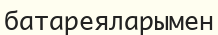
батареяларымен